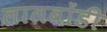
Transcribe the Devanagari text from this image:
लालबोंडी